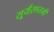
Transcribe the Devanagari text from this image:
सूर्यसप्तमी